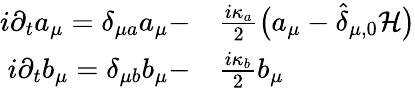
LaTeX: \begin{array}{rl}{i\partial_{t}a_{\mu}=\delta_{\mu a}a_{\mu}-}&{{}\frac{i\kappa_{a}}{2}\big(a_{\mu}-\widehat\delta_{\mu,0}{\cal H}\big)}\\ {i\partial_{t}b_{\mu}=\delta_{\mu b}b_{\mu}-}&{{}\frac{i\kappa_{b}}{2}b_{\mu}}\end{array}